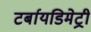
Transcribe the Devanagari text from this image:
टर्बायडिमेट्री